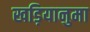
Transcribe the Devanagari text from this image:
खड़ियानुमा